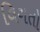
વિગતો